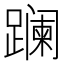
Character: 𨅬